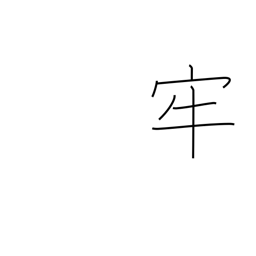
Meaning: prison